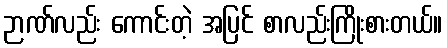
ဉာဏ်လည်း ကောင်းတဲ့ အပြင် စာလည်းကြိုးစားတယ်။